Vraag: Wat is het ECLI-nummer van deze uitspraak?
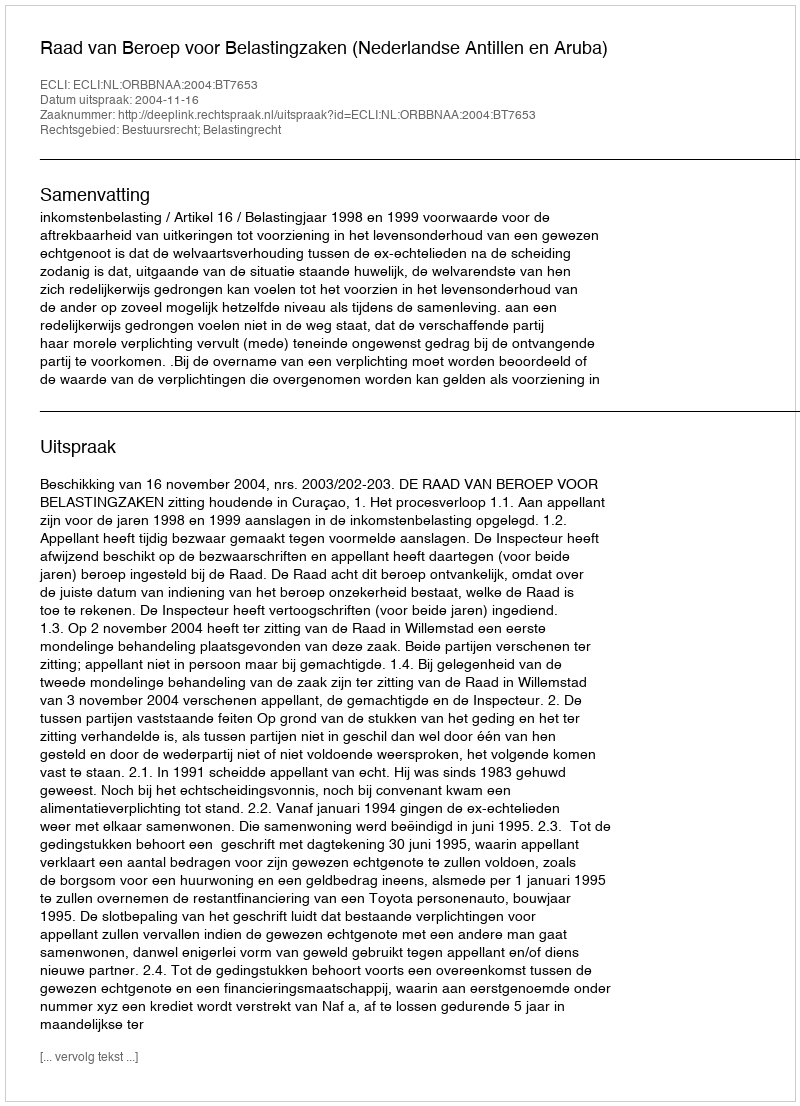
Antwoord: ECLI:NL:ORBBNAA:2004:BT7653